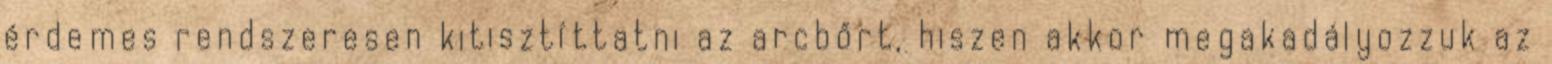
érdemes rendszeresen kitisztíttatni az arcbőrt, hiszen akkor megakadályozzuk az